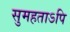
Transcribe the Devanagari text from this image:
सुमहताऽपि